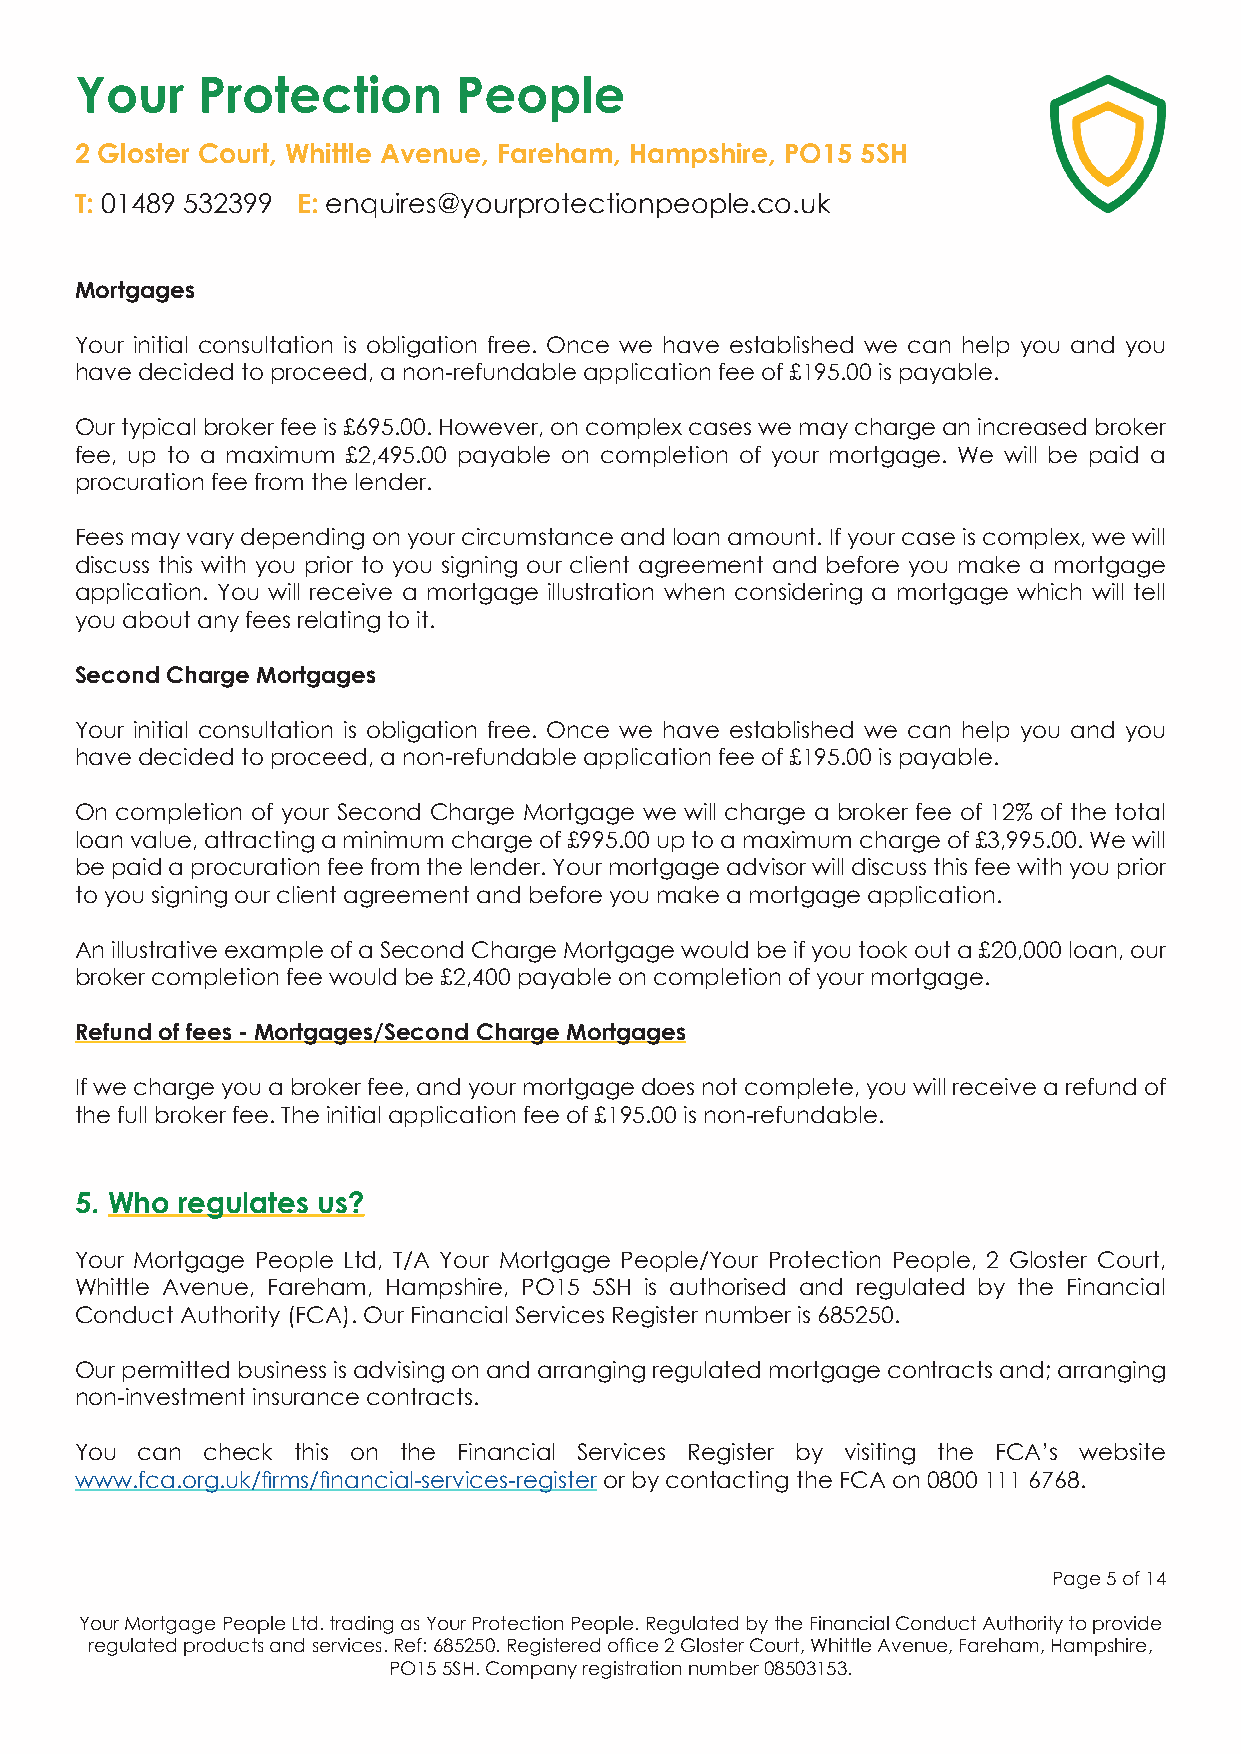
Your    Protection       People
 2 Gloster Court, Whittle Avenue, Fareham, Hampshire, PO15 5SH
 T: 01489 532399 E: enquires@yourprotectionpeople.co.uk
 Mortgages
 Your initial consultation is obligation free. Once we have established we can help you and you
 have decided to proceed, a non-refundable application fee of £195.00 is payable.
 Our typical broker fee is £695.00. However, on complex cases we may charge an increased broker
 fee, up to a maximum £2,495.00 payable on completion of your mortgage. We will be paid a
 procuration fee from the lender.
 Fees may vary depending on your circumstance and loan amount. If your case is complex, we will
 discuss this with you prior to you signing our client agreement and before you make a mortgage
 application. You will receive a mortgage illustration when considering a mortgage which will tell
 you about any fees relating to it.
 Second Charge Mortgages
 Your initial consultation is obligation free. Once we have established we can help you and you
 have decided to proceed, a non-refundable application fee of £195.00 is payable.
 On completion of your Second Charge Mortgage we will charge a broker fee of 12% of the total
 loan value, attracting a minimum charge of £995.00 up to a maximum charge of £3,995.00. We will
 be paid a procuration fee from the lender. Your mortgage advisor will discuss this fee with you prior
 to you signing our client agreement and before you make a mortgage application.
 An illustrative example of a Second Charge Mortgage would be if you took out a £20,000 loan, our
 broker completion fee would be £2,400 payable on completion of your mortgage.
 Refund of fees - Mortgages/Second Charge Mortgages
 If we charge you a broker fee, and your mortgage does not complete, you will receive a refund of
 the full broker fee. The initial application fee of £195.00 is non-refundable.
 5. Who regulates us?
 Your Mortgage People Ltd, T/A Your Mortgage People/Your Protection People, 2 Gloster Court,
 Whittle Avenue, Fareham, Hampshire, PO15 5SH is authorised and regulated by the Financial
 Conduct Authority (FCA). Our Financial Services Register number is 685250.
 Our permitted business is advising on and arranging regulated mortgage contracts and; arranging
 non-investment insurance contracts.
 You can check this on the Financial Services Register by visiting the FCA’s website
 www.fca.org.uk/firms/financial-services-register or by contacting the FCA on 0800 111 6768.
 Page 5 of 14
 Your Mortgage People Ltd. trading as Your Protection People. Regulated by the Financial Conduct Authority to provide
 regulated products and services. Ref: 685250. Registered office 2 Gloster Court, Whittle Avenue, Fareham, Hampshire,
 PO15 5SH. Company registration number 08503153.